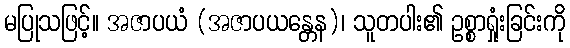
မပြုသဖြင့်။ အဇာပယံ (အဇာပယန္တေန)၊ သူတပါး၏ ဥစ္စာရှုံးခြင်းကို